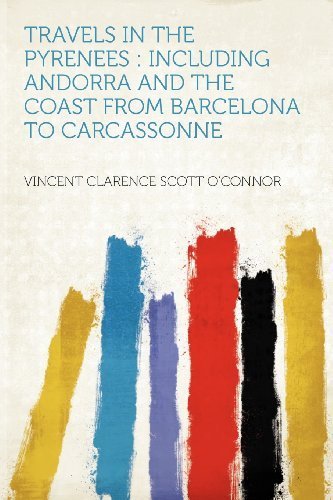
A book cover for Travels in the Pyrenees: Including Andorra and the Coast From Barcelona to Carcassonne by O'Connor, Vincent Clarence Scott (2012) Paperback; Travel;